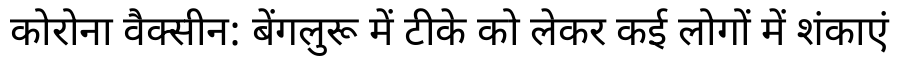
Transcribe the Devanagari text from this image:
कोरोना वैक्सीन: बेंगलुरू में टीके को लेकर कई लोगों में शंकाएं